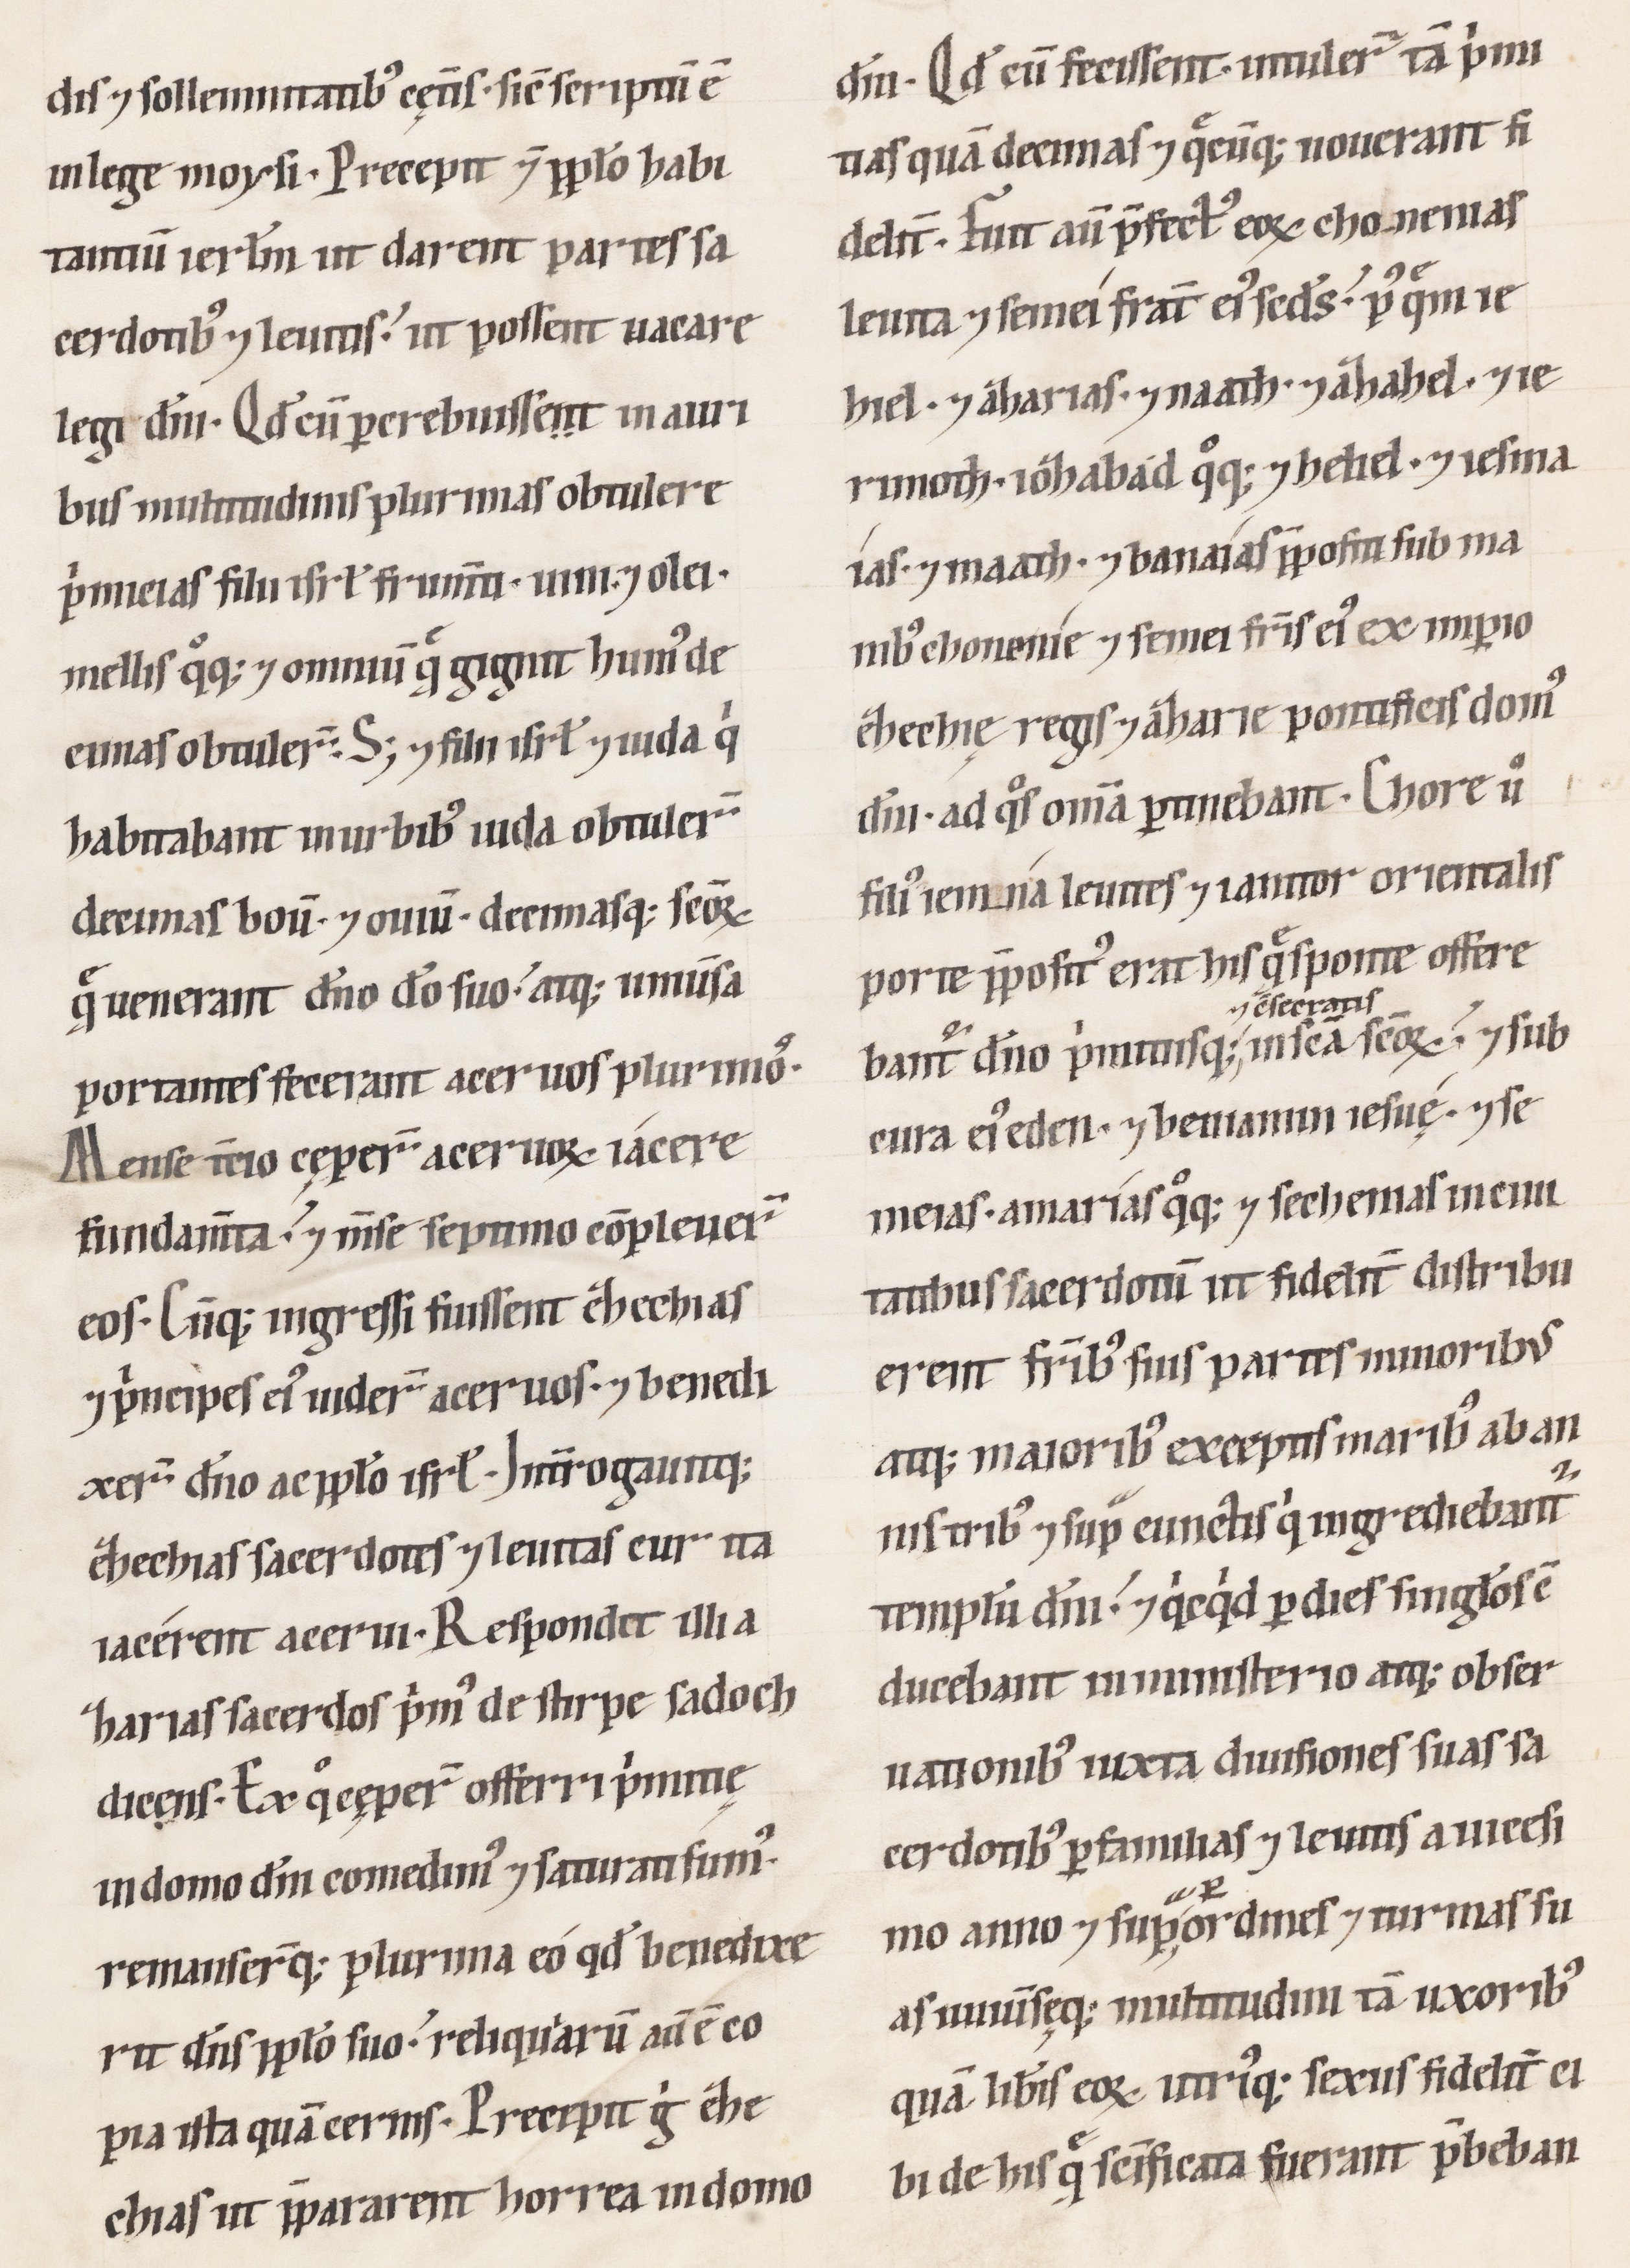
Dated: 1100–1199